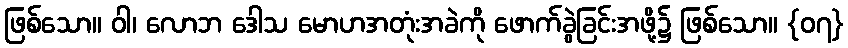
ဖြစ်သော။ ဝါ၊ လောဘ ဒေါသ မောဟအတုံးအခဲကို ဖောက်ခွဲခြင်းအဖို့၌ ဖြစ်သော။ {၀၇}